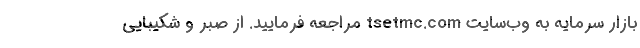
بازار سرمایه به وب‌سایت tsetmc.com مراجعه فرمایید. از صبر و شکیبایی